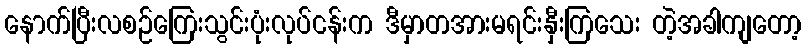
နောက်ပြီးလစဉ်ကြေးသွင်းပုံးလုပ်ငန်းက ဒီမှာတအားမရင်းနှီးကြသေး တဲ့အခါကျတော့